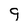
Character: 9